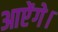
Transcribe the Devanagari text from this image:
आऐंगे।